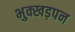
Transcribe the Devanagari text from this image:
भुक्खड़पन